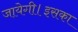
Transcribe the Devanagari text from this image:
जायेगी।इसका